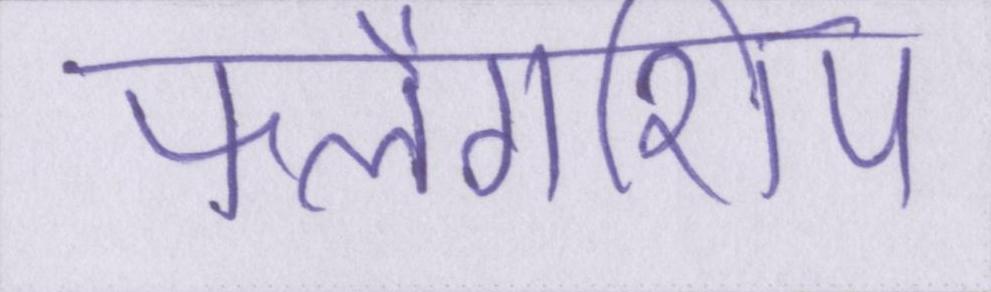
फ्लैगशिप